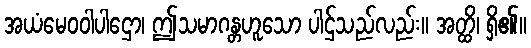
အယံမေဝဝါပါဌော၊ ဤသမာဂန္တဟူသော ပါဌ်သည်လည်း။ အတ္ထိ၊ ရှိ၏။